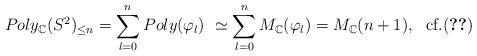
LaTeX: \begin{align*}Poly_{\mathbb{C}}(S^{2})_{\leq n}=\sum_{l=0}^{n}Poly(\varphi_{l})\ \simeq\sum_{l=0}^{n}M_{\mathbb{C}}(\varphi_{l})=M_{\mathbb{C}}(n+1),\text{ \ cf.(\ref{sum})} \end{align*}